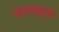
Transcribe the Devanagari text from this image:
जगण्याला